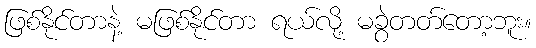
ဖြစ်နိုင်တာနဲ့ မဖြစ်နိုင်တာ ရယ်လို့ မခွဲတတ်တော့ဘူး။